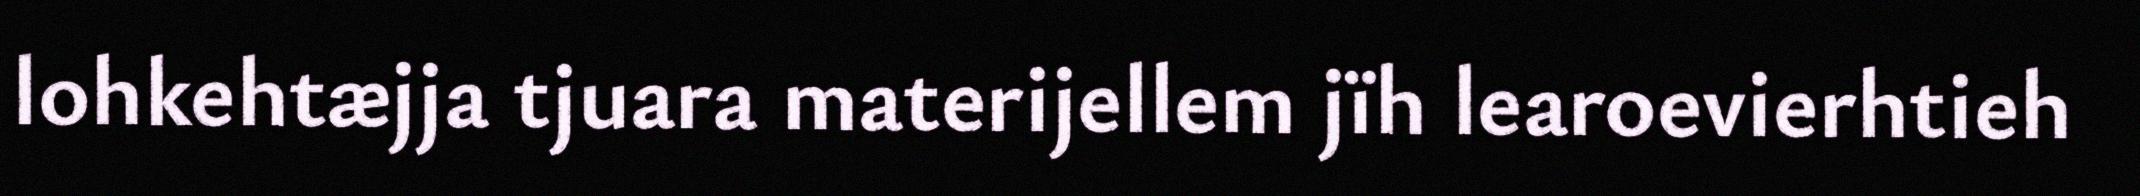
lohkehtæjja tjuara materijellem jïh learoevierhtieh